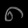
Digit: ၈